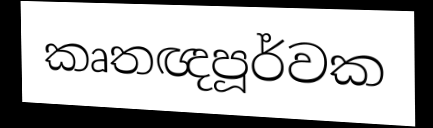
කෘතඥපූර්වක